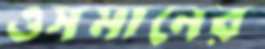
ওসমানের